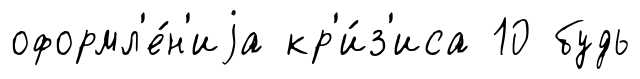
оформл'е́н'иjа кр'и́з'иса 10 будь